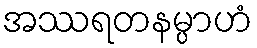
အဿရတနမ္ပာဟံ